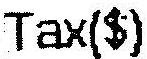
TAX($)